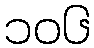
၁၀၆